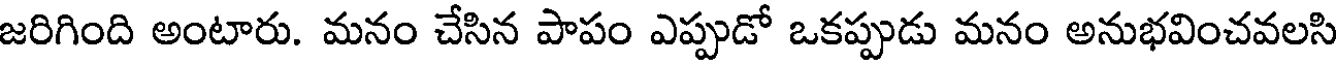
జరిగింది అంటారు. మనం చేసిన పాపం ఎప్పుడో ఒకప్పుడు మనం అనుభవించవలసి